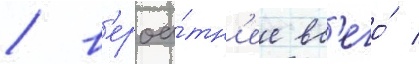
/ в'ероа́тн'ее вс'его́ /